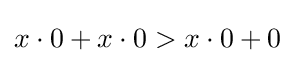
x\cdot 0+x\cdot 0>x\cdot 0+0